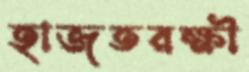
হাজতরক্ষী